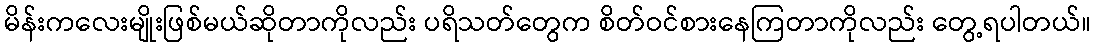
မိန်းကလေးမျိုးဖြစ်မယ်ဆိုတာကိုလည်း ပရိသတ်တွေက စိတ်ဝင်စားနေကြတာကိုလည်း တွေ့ရပါတယ်။